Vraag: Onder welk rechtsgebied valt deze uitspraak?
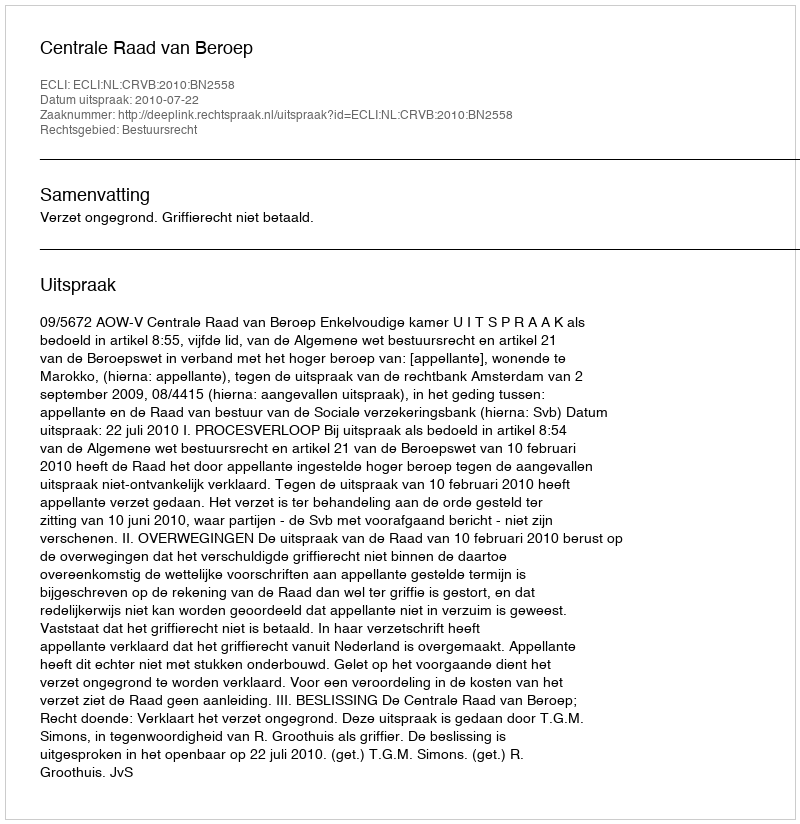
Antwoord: Bestuursrecht